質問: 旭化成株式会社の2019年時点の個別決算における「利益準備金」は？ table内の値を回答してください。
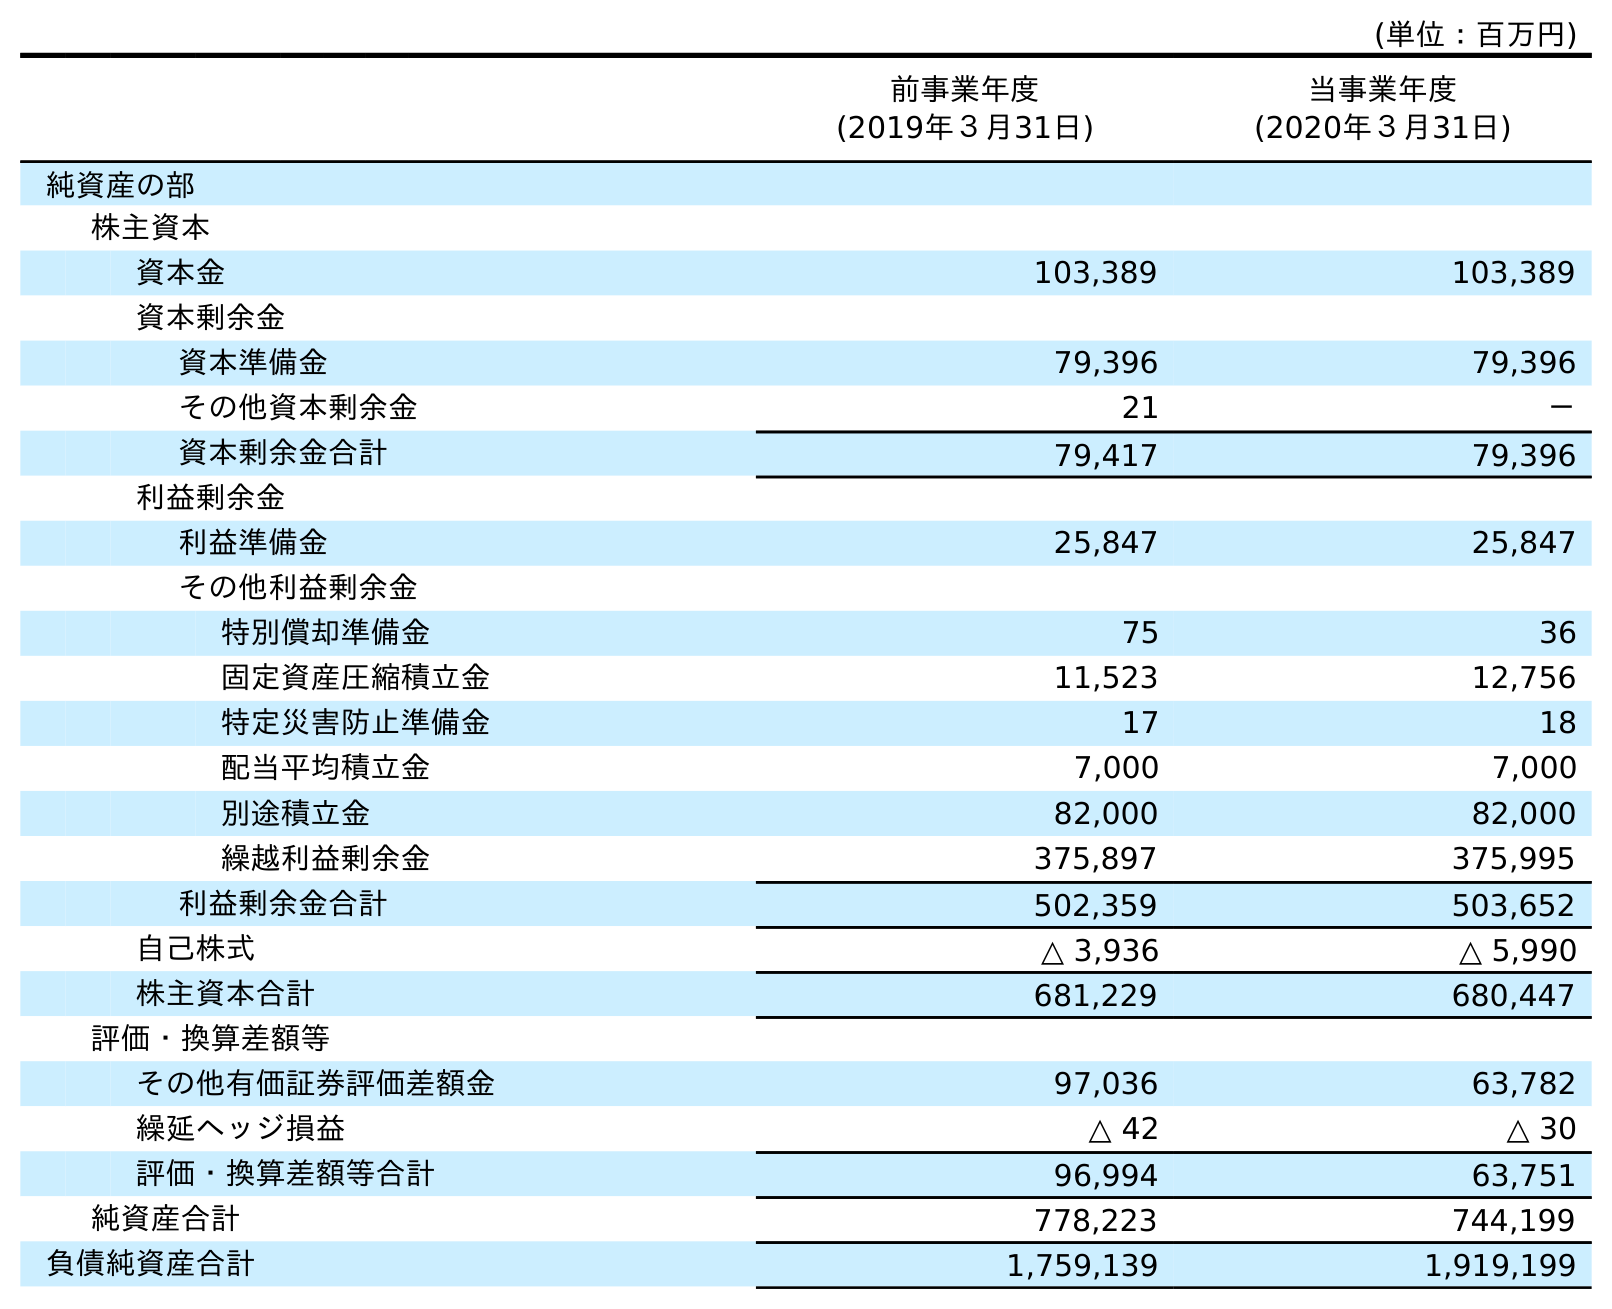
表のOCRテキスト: (単位：百万円) 前事業年度 (2019年３月31日) 当事業年度 (2020年３月31日) 純資産の部 株主資本 資本金 103,389 103,389 資本剰余金 資本準備金 79,396 79,396 その他資本剰余金 21 － 資本剰余金合計 79,417 79,396 利益剰余金 利益準備金 25,847 25,847 その他利益剰余金 特別償却準備金 75 36 固定資産圧縮積立金 11,523 12,756 特定災害防止準備金 17 18 配当平均積立金 7,000 7,000 別途積立金 82,000 82,000 繰越利益剰余金 375,897 375,995 利益剰余金合計 502,359 503,652 自己株式 △ 3,936 △ 5,990 株主資本合計 681,229 680,447 評価・換算差額等 その他有価証券評価差額金 97,036 63,782 繰延ヘッジ損益 △ 42 △ 30 評価・換算差額等合計 96,994 63,751 純資産合計 778,223 744,199 負債純資産合計 1,759,139 1,919,199
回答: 25,847